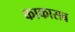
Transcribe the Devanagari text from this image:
काकासब